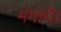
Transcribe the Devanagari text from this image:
मंगाये।